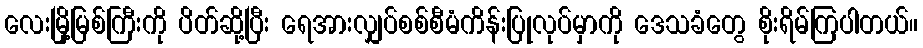
လေးမြို့မြစ်ကြီးကို ပိတ်ဆို့ပြီး ရေအားလျှပ်စစ်စီမံကိန်းပြုလုပ်မှာကို ဒေသခံတွေ စိုးရိမ်ကြပါတယ်။